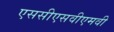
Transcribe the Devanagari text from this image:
एससीएसवीएमवी